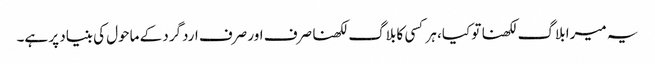
یہ میرا بلاگ لکھنا تو کیا، ہر کسی کا بلاگ لکھنا صرف اور صرف اردگرد کے ماحول کی بنیاد پر ہے۔